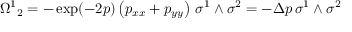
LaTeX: { \Omega ^ { 1 } } _ { 2 } = - \exp ( - 2 p ) \left( p _ { x x } + p _ { y y } \right) \, \sigma ^ { 1 } \wedge \sigma ^ { 2 } = - \Delta p \, \sigma ^ { 1 } \wedge \sigma ^ { 2 }